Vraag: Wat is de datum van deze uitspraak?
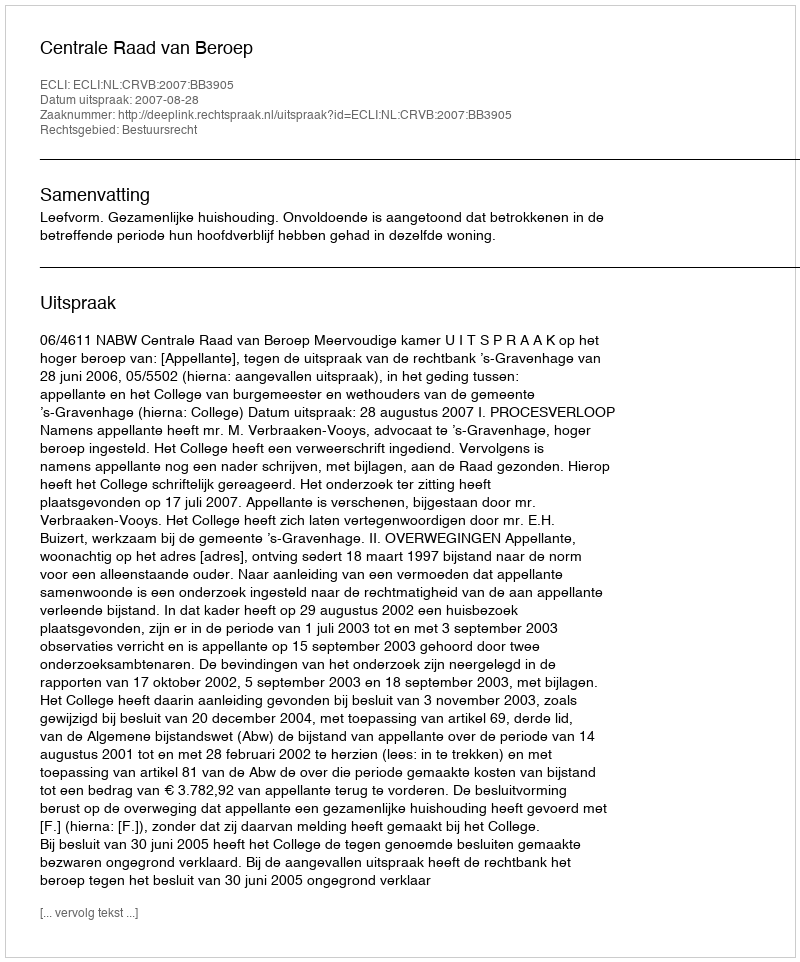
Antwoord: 2007-08-28